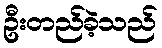
ဦးတည်ခဲ့သည်